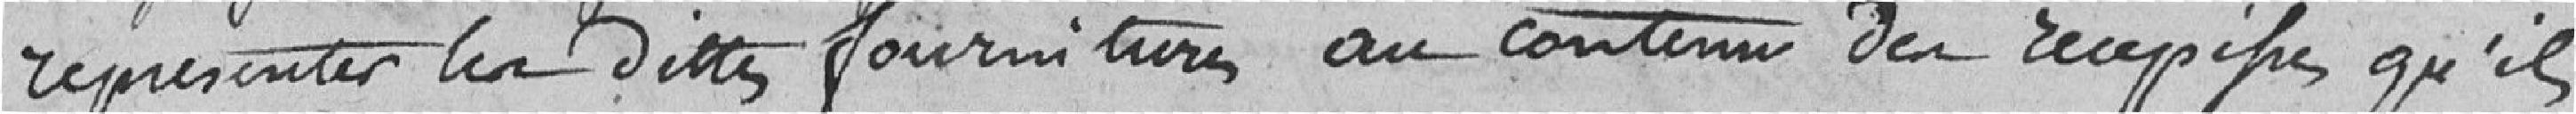
représenter les dites fournitures au contenu des récépissés qu'ils